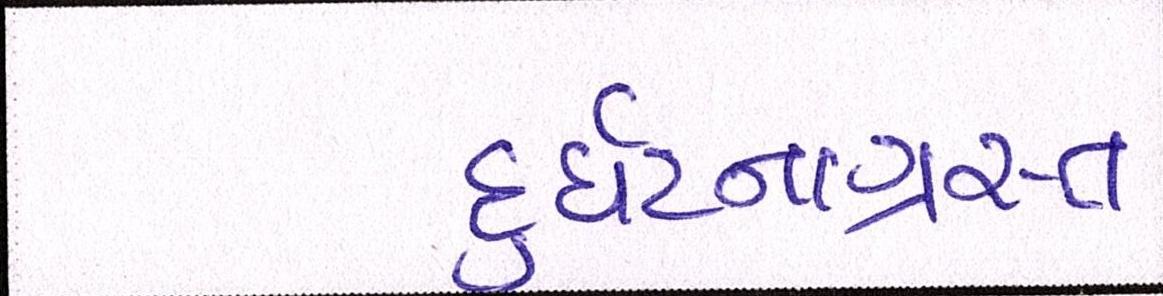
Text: દુર્ઘટનાગ્રસ્ત